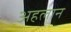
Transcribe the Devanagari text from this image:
अहलान